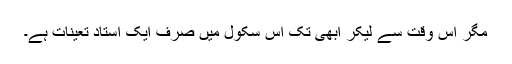
مگر اس وقت سے لیکر ابھی تک اس سکول میں صرف ایک استاد تعینات ہے۔